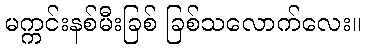
မက္ကင်းနစ်မီးခြစ် ခြစ်သလောက်လေး။